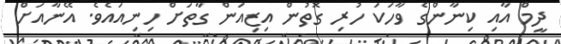
ދީމް އާއި ކިނާންގެ ވާހަކަ ހުރި ގޮތުން އިޒިއަން ގާތަށް ހިނިއައެވެ. އޭނާއަށް